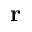
\mathbf { r }